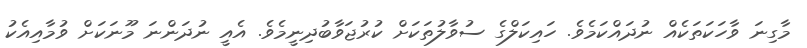
މާގިނަ ވާހަކަތަކެއް ނުދައްކަމެވެ. ހައިކަލްގެ ސުވާލުތަކަށް ކުރުޖަވާބުދިނީމެވެ. އެއީ ނުދަންނަ މޫނަކަށް ވުމާއިއެކު